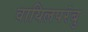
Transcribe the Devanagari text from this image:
वायिलपरंबु